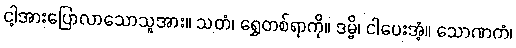
ငါ့အားပြောလာသောသူအား။ သတံ၊ ရွှေတစ်ရာကို။ ဒမ္မိ၊ ငါပေးအံ့။ သောဏကံ၊